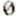
0